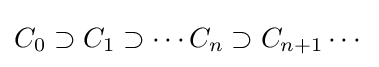
C_{0}\supset C_{1}\supset \cdots C_{n}\supset C_{n+1}\cdots